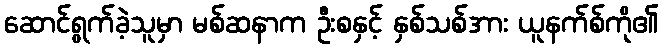
ဆောင်ရွက်ခဲ့သူမှာ မစ်ဆနာက ဦးစနှင့် နှစ်သစ်အား ယူနက်စ်ကို၏